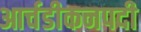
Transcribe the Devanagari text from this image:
आर्चडीकनपदी